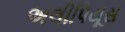
અલીપિયૂસ